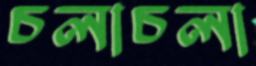
চলাচলা